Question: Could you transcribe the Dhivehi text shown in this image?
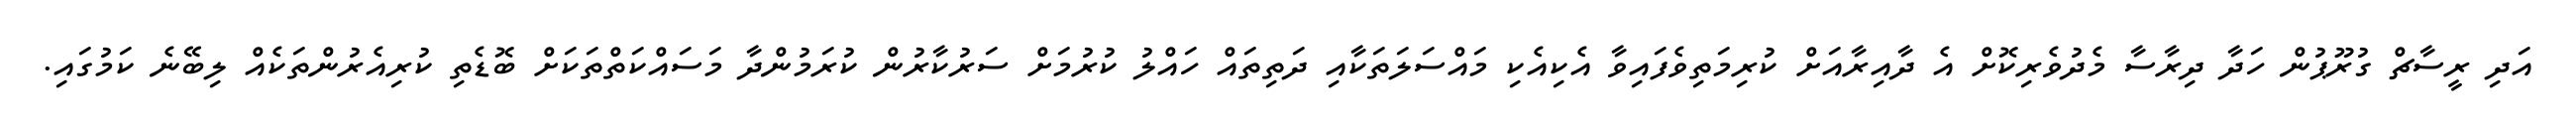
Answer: އަދި ރީސާޗް ގުރޫޕުން ހަދާ ދިރާސާ މެދުވެރިކޮށް އެ ދާއިރާއަށް ކުރިމަތިވެފައިވާ އެކިއެކި މައްސަލަތަކާއި ދަތިތައް ހައްލު ކުރުމަށް ސަރުކާރުން ކުރަމުންދާ މަސައްކަތްތަކަށް ބޮޑެތި ކުރިއެރުންތަކެއް ލިބޭނެ ކަމުގައި.